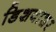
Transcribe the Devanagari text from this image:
डिशवाशर